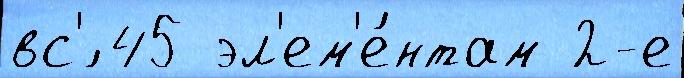
вс'́ 45 эл'ем'е́нтам 2-е